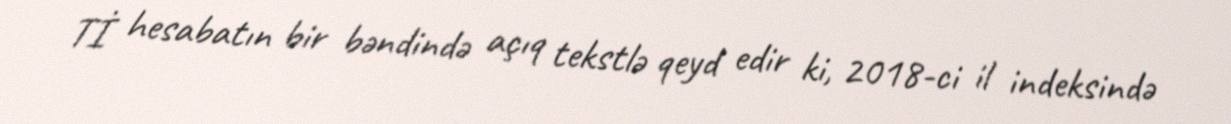
Tİ hesabatın bir bəndində açıq tekstlə qeyd edir ki, 2018-ci il indeksində